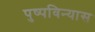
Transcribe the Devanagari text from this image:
पुष्पविन्यास